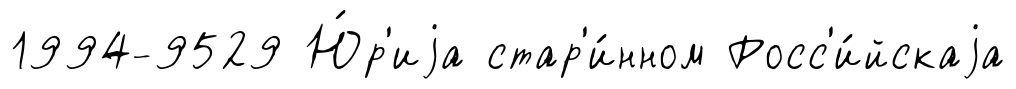
1994-9529 Ю́р'иjа стар'и́нном Росс'и́йскаjа